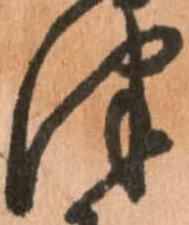
津